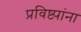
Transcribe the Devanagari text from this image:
प्रविष्ट्यांना